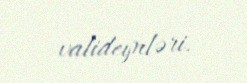
valideynləri.